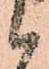
候